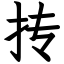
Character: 抟